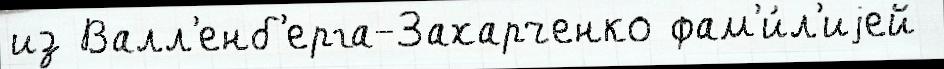
из Валл'енб'ерга-Захарченко фам'и́л'иjей